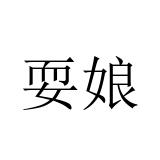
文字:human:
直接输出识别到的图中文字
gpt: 耍娘